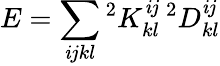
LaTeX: E=\sum_{\mathit{i}jkl}{^{2}K_{kl}^{\mathit{i}j}\, ^{2}D_{kl}^{\mathit{i}j}}